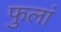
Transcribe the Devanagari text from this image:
फुलां